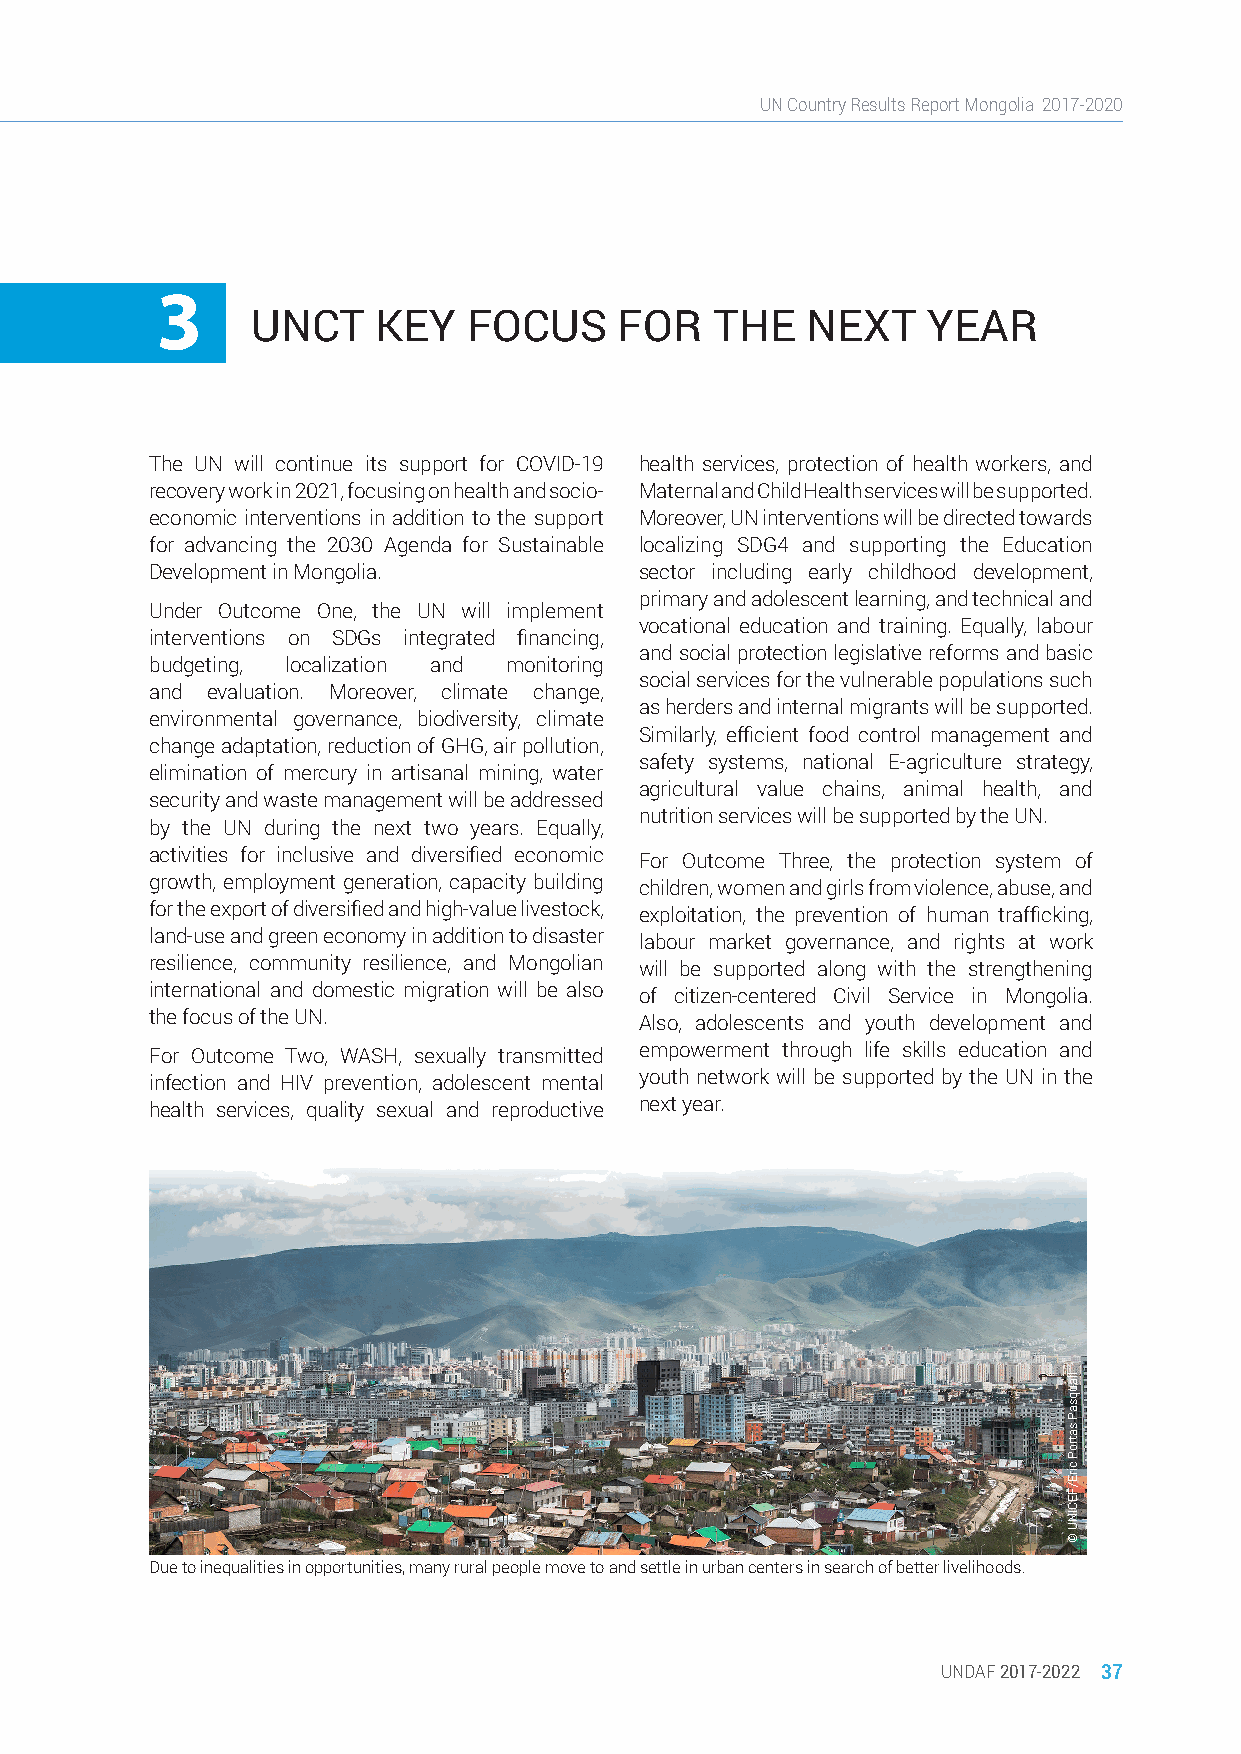
UN Country Results Report Mongolia 2017-2020
 3
 UNCT    KEY   FOCUS     FOR   THE   NEXT    YEAR
 The UN will continue its support for COVID-19 health services, protection of health workers, and
 recovery work in 2021, focusing on health and socio- Maternal and Child Health services will be supported.
 economic interventions in addition to the support Moreover, UN interventions will be directed towards
 for advancing the 2030 Agenda for Sustainable localizing SDG4 and supporting the Education
 Development in Mongolia.        sector including early childhood development,
 primary and adolescent learning, and technical and
 Under Outcome One, the UN will implement
 vocational education and training. Equally, labour
 interventions on SDGs integrated financing,
 and social protection legislative reforms and basic
 budgeting, localization and monitoring
 social services for the vulnerable populations such
 and evaluation. Moreover, climate change,
 as herders and internal migrants will be supported.
 environmental governance, biodiversity, climate
 Similarly, efficient food control management and
 change adaptation, reduction of GHG, air pollution,
 safety systems, national E-agriculture strategy,
 elimination of mercury in artisanal mining, water
 agricultural value chains, animal health, and
 security and waste management will be addressed
 nutrition services will be supported by the UN.
 by the UN during the next two years. Equally,
 activities for inclusive and diversified economic For Outcome Three, the protection system of
 growth, employment generation, capacity building children, women and girls from violence, abuse, and
 for the export of diversified and high-value livestock, exploitation, the prevention of human trafficking,
 land-use and green economy in addition to disaster labour market governance, and rights at work
 resilience, community resilience, and Mongolian will be supported along with the strengthening
 international and domestic migration will be also of citizen-centered Civil Service in Mongolia.
 the focus of the UN.            Also, adolescents and youth development and
 For Outcome Two, WASH, sexually transmitted empowerment through life skills education and
 infection and HIV prevention, adolescent mental youth network will be supported by the UN in the
 health services, quality sexual and reproductive next year.
 Due to inequalities in opportunities, many rural people move to and settle in urban centers in search of better livelihoods.
 UNDAF 2017-2022 37
 llauqsaP
 satroP
 cirE/FECINU
 ©